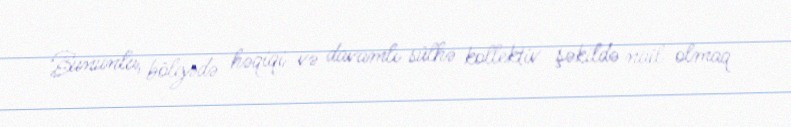
Bununla, bölgədə həqiqi və davamlı sülhə kollektiv şəkildə nail olmaq